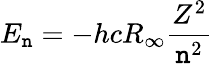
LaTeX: E_{\mathtt{n}}=-hcR_{\infty}{\frac{{Z^{2}}}{{\mathtt{n}^{2}}}}